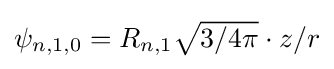
{\textstyle \psi _{n,1,0}=R_{n,1}{\sqrt {3/4\pi }}\cdot z/r}